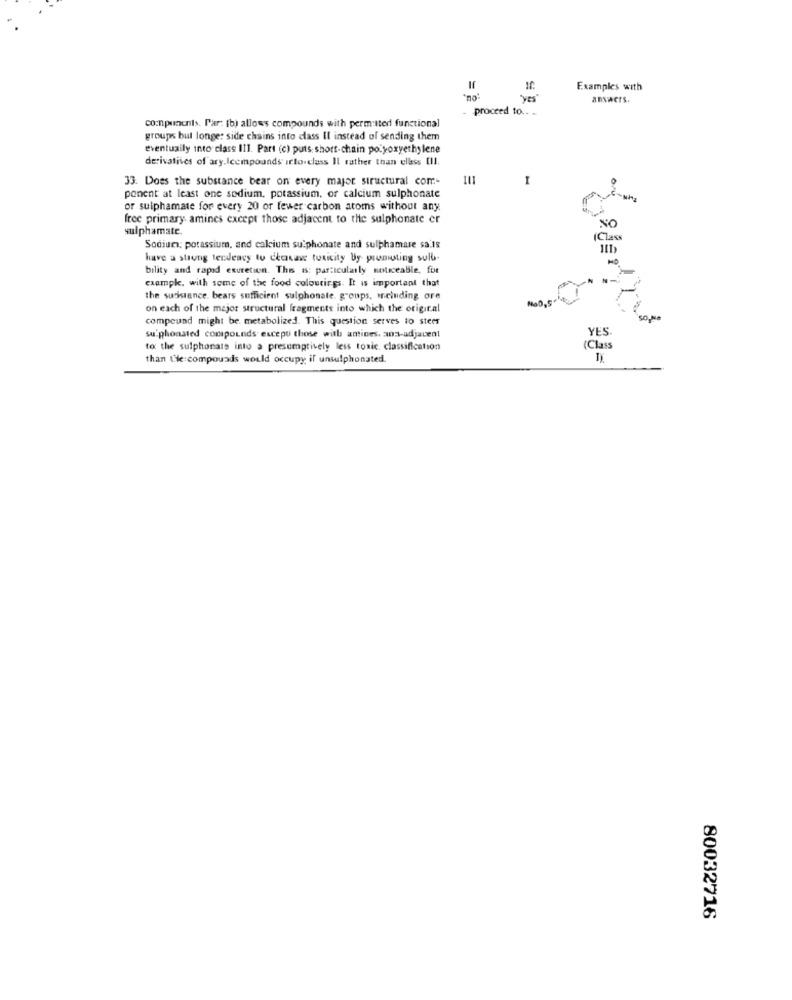
If.
Examples with
"yes"
answers.
proceed to .. .
co:npunenis. Par: [b) allows compounds with permitted functional
groups but longe: side chains into class Il instead of sending them
eventually into class III. Part (c) puts. short-chain po.yoxyethylene
derivatives of ary.Iccmpounds irto.class Il rather than ellass [Il.
33. Does the substance bear on every major structural com
ponent at least one sodium, potassium, of calcium sulphonate
or sulphamate for every 20 or fewer carbon atoms without any
free primary amines except those adjacent to the sulphonate er
NO
sulphamate.
(Class
Sodium: potassium, and calcium sulphonate and sulphamare sa is
have a strong tendency to ceutase toxicity By promoting sull.
bility and rapid excretion. This is: particularly noticeable, for
exampk. with some of the food colourings. It is important that
the sudistance. bears sufficient sulphonate. groups, ircinding ore
on each of the major structural fragments into which the original
compound might be metabolized. This question serves to steer
YES
su phonated compounds excepo those with antines. aos-adjacent
to the sulphonats into a presumptively less toxic. classification
(Class
than the compounds would occupy il unsulphonated.
80032716